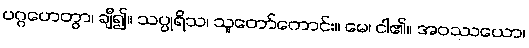
ပဂ္ဂဟေတွာ၊ ချီ၍။ သပ္ပုရိသ၊ သူတော်ကောင်း။ မေ၊ ငါ၏။ အဝဿယော၊